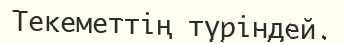
Текеметтің түріндей.